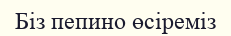
Біз пепино өсіреміз